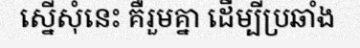
ស្នើសុំនេះ គឺរួមគ្នា ដើម្បីប្រឆាំង